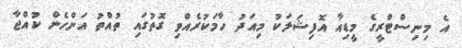
އެ މިނިސްޓްރީގެ މީޑިއާ އޮފިޝަލަކު މިއަދު ހާމަކުރެއްވި ގޮތުގައި ތުއްތު އަންހެން ކުއްޖާ